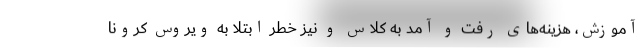
آموزش، هزینه‌های رفت و آمد به کلاس و نیز خطر ابتلا به ویروس کرونا